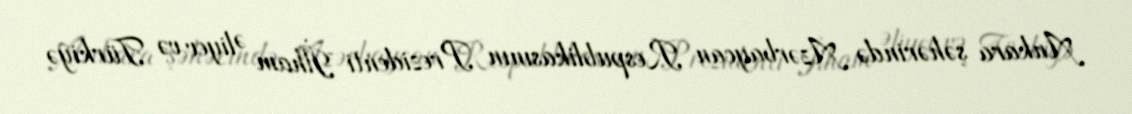
Ankara şəhərində Azərbaycan Respublikasının Prezidenti İlham Əliyev və Türkiyə